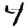
Digit: 4